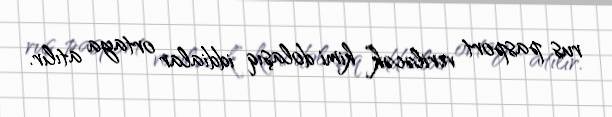
rus pasport veriləcək” kimi dolaşıq iddialar ortaya atılır.